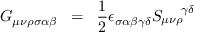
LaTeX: G _ { \mu \nu \rho \sigma \alpha \beta } \; \; = \; \; \frac { 1 } { 2 } \epsilon _ { \sigma \alpha \beta \gamma \delta } S _ { \mu \nu \rho } ^ { \; \; \; \; \; \; \gamma \delta }